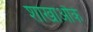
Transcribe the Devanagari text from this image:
शाखाऔंके